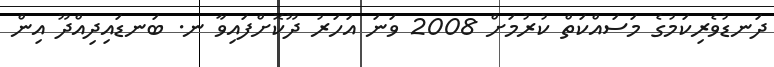
ދަނޑުވެރިކަމުގެ މަސައްކަތް ކުރުމަށް 2008 ވަނަ އަހަރު ދޫކޮށްފައިވާ ނ. ބަނޑައިދިއްދޫ އިން